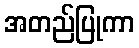
အတည်ပြုကာ